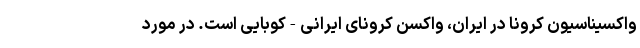
واکسیناسیون کرونا در ایران، واکسن کرونای ایرانی-کوبایی است. در مورد